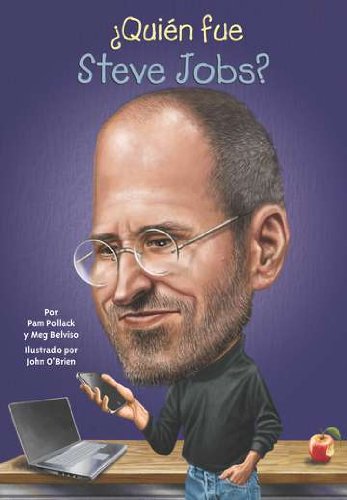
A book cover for Â¿QuiÃ©n fue Steve Jobs? (Who Was...?) (Spanish Edition); Pamela D. Pollack; Children's Books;